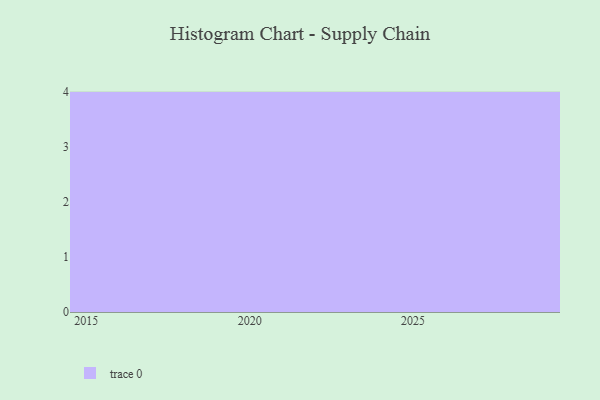
{"axis": {"x": "Year", "y": "Latency (ms)"}, "legend": [""], "data": [{"x": "2022", "y": 94, "type": ""}, {"x": "2020", "y": 65, "type": ""}, {"x": "2018", "y": 86, "type": ""}, {"x": "2017", "y": 41, "type": ""}, {"x": "2024", "y": 1, "type": ""}, {"x": "2026", "y": 29, "type": ""}, {"x": "2021", "y": 27, "type": ""}, {"x": "2019", "y": 39, "type": ""}, {"x": "2015", "y": 20, "type": ""}, {"x": "2029", "y": 29, "type": ""}, {"x": "2027", "y": 36, "type": ""}, {"x": "2028", "y": 19, "type": ""}]}